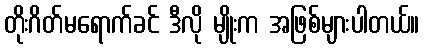
တိုးဂိတ်မရောက်ခင် ဒီလို မျိုးက အဖြစ်များပါတယ်။